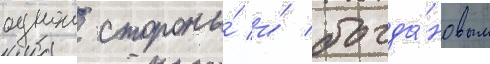
однои стороны́ и́ богда́новым